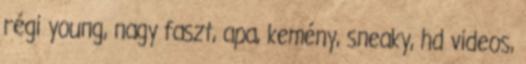
régi young, nagy faszt, apa, kemény, sneaky, hd videos,